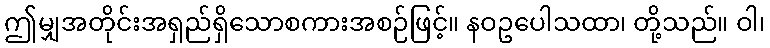
ဤမျှအတိုင်းအရှည်ရှိသောစကားအစဉ်ဖြင့်။ နဝဥပေါသထာ၊ တို့သည်။ ဝါ၊